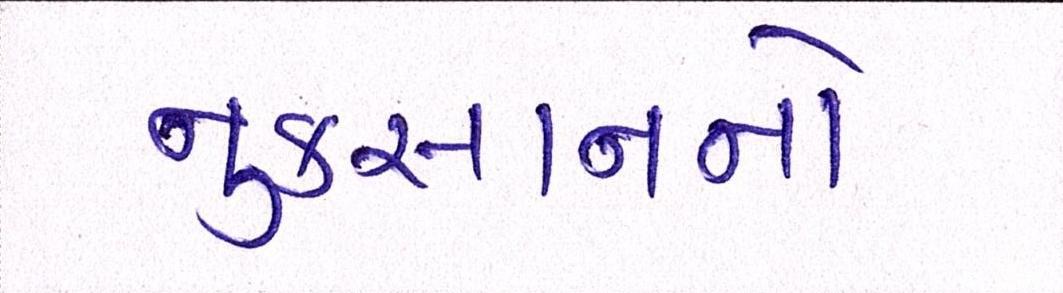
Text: નુકસાનનો